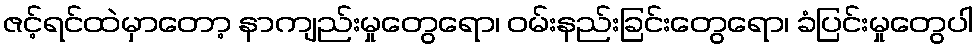
ဇင့်ရင်ထဲမှာတော့ နာကျည်းမှုတွေရော၊ ဝမ်းနည်းခြင်းတွေရော၊ ခံပြင်းမှုတွေပါ